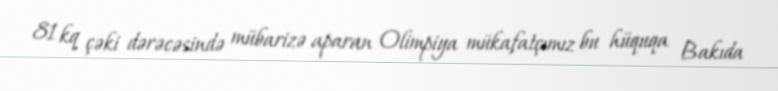
81 kq çəki dərəcəsində mübarizə aparan Olimpiya mükafatçımız bu hüquqa Bakıda